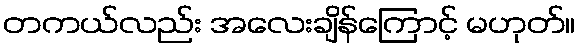
တကယ်လည်း အလေးချိန်ကြောင့် မဟုတ်။